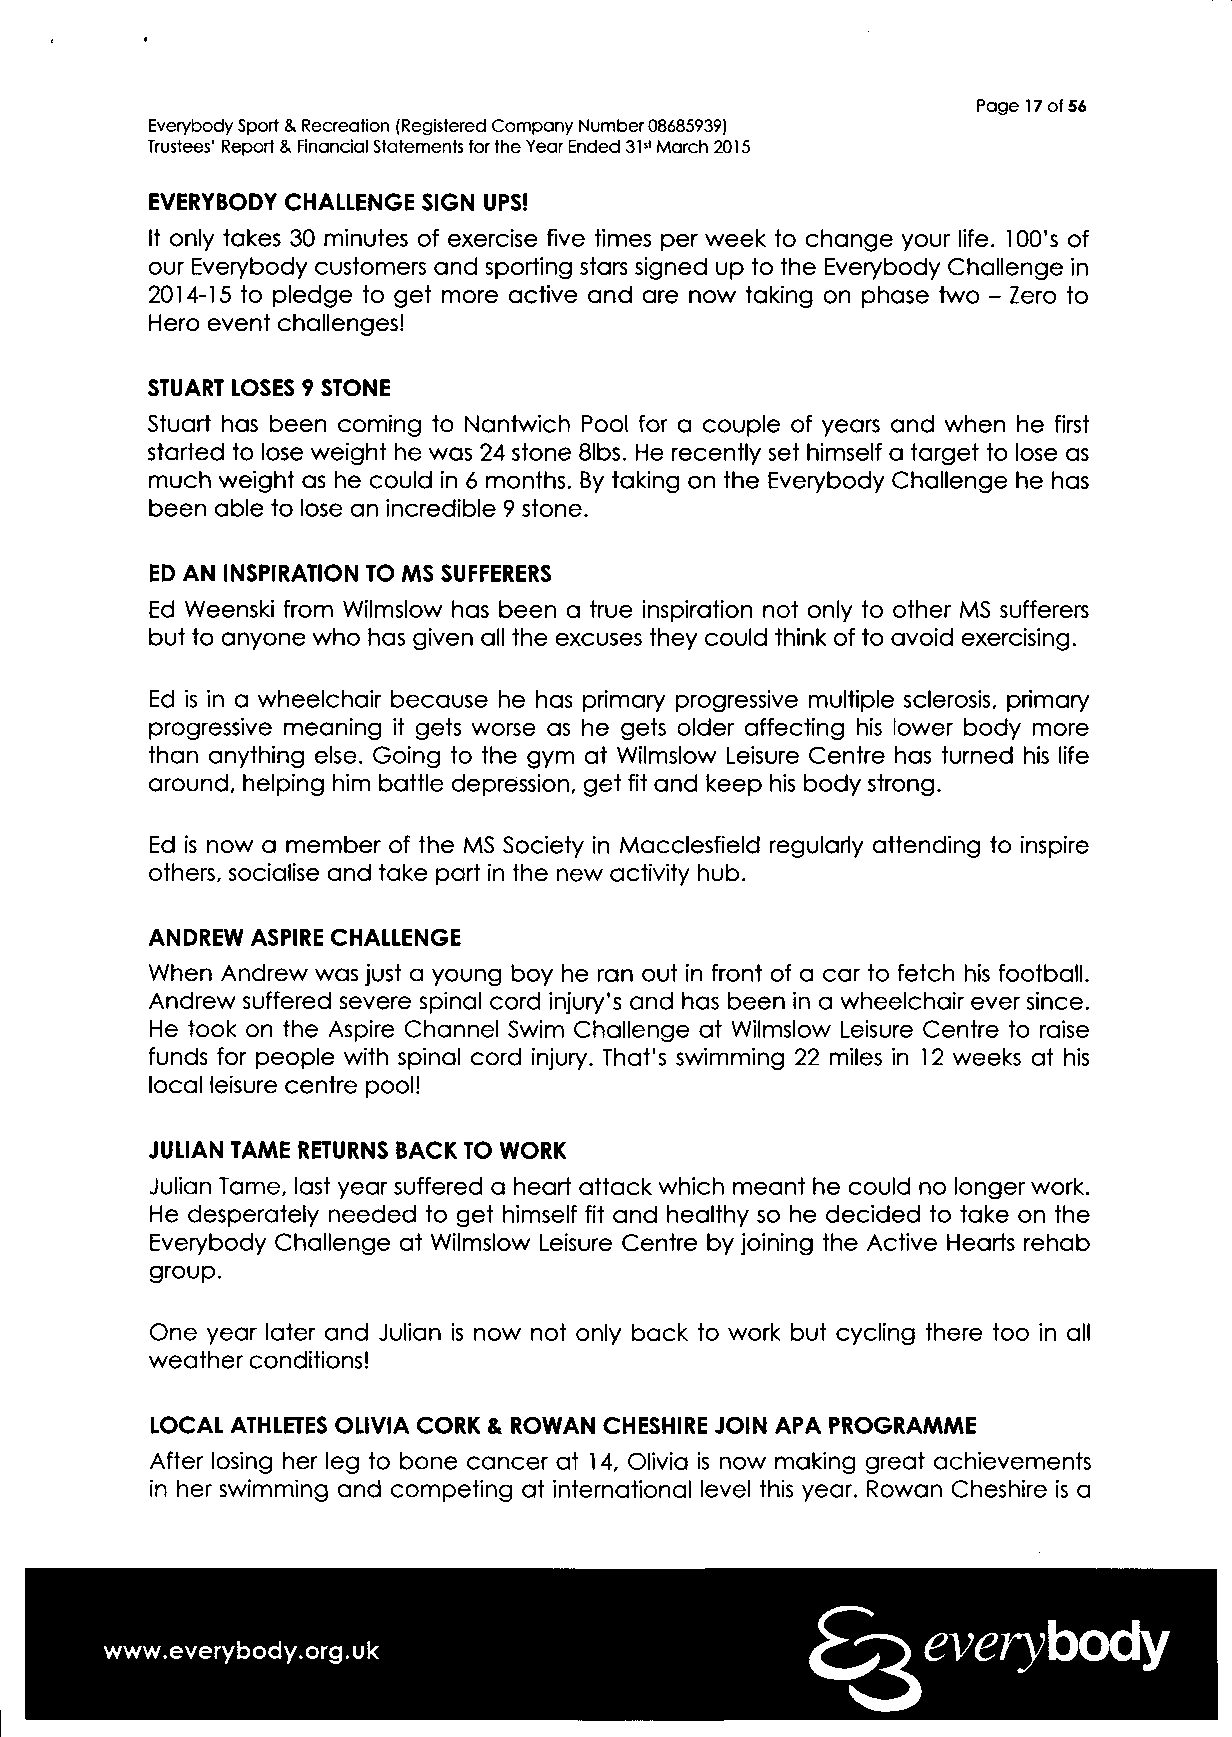
Page 17 of 56
 Everybody Sport & Recreation (Registered Company Number 08685939)
 Trustees' Report & Financial Statements for the Year Ended 31st March 2015
 EVERYBODY CHALLENGE SIGN UPS!
 It only takes 30 minutes of exercise five times per week to change your life. 100's of
 our Everybody customers and sporting stars signed up to the Everybody Challenge in
 2014-15 to pledge to get more active and are now taking on phase two - Zero to
 Hero event challenges!
 STUART LOSES 9 STONE
 Stuart has been coming to Nantwich Pool for a couple of years and when he first
 started to lose weight he was 24 stone 8lbs. He recently set himself a target to lose as
 much weight as he could in 6 months. By taking on the Everybody Challenge he has
 been able to lose an incredible 9 stone.
 ED AN INSPIRATION TO MS SUFFERERS
 Ed Weenski from Wilmslow has been a true inspiration not only to other MS sufferers
 but to anyone who has given all the excuses they could think of to avoid exercising.
 Ed is in a wheelchair because he has primary progressive multiple sclerosis, primary
 progressive meaning it gets worse as he gets older affecting his lower body more
 than anything else. Going to the gym at Wilmslow Leisure Centre has turned his life
 around, helping him battle depression, get fit and keep his body strong.
 Ed is now a member of the MS Society in Macclesfield regularly attending to inspire
 others, socialise and take part in the new activity hub.
 ANDREW ASPIRE CHALLENGE
 When Andrew was just a young boy he ran out in front of a car to fetch his football.
 Andrew suffered severe spinal cord injury's and has been in a wheelchair ever since.
 He took on the Aspire Channel Swim Challenge at Wilmslow Leisure Centre to raise
 funds for people with spinal cord injury. That's swimming 22 miles in 12 weeks at his
 local leisure centre pool!
 JULIAN TAME RETURNS BACK TO WORK
 Julian Tame, last year suffered a heart attack which meant he could no longer work.
 He desperately needed to get himself fit and healthy so he decided to take on the
 Everybody Challenge at Wilmslow Leisure Centre by joining the Active Hearts rehab
 group.
 One year later and Julian is now not only back to work but cycling there too in all
 weather conditions!
 LOCAL ATHLETES OLIVIA CORK & ROWAN CHESHIRE JOIN APA PROGRAMME
 After losing her leg to bone cancer at 14, Olivia is now making great achievements
 in her swimming and competing at international level this year. Rowan Cheshire is a
 everybody
 www.everybody.org.uk